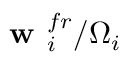
\textbf { w } _ { i } ^ { f r } / \Omega _ { i }